Etiology and epidemiology of plague
Disease focus: Plague
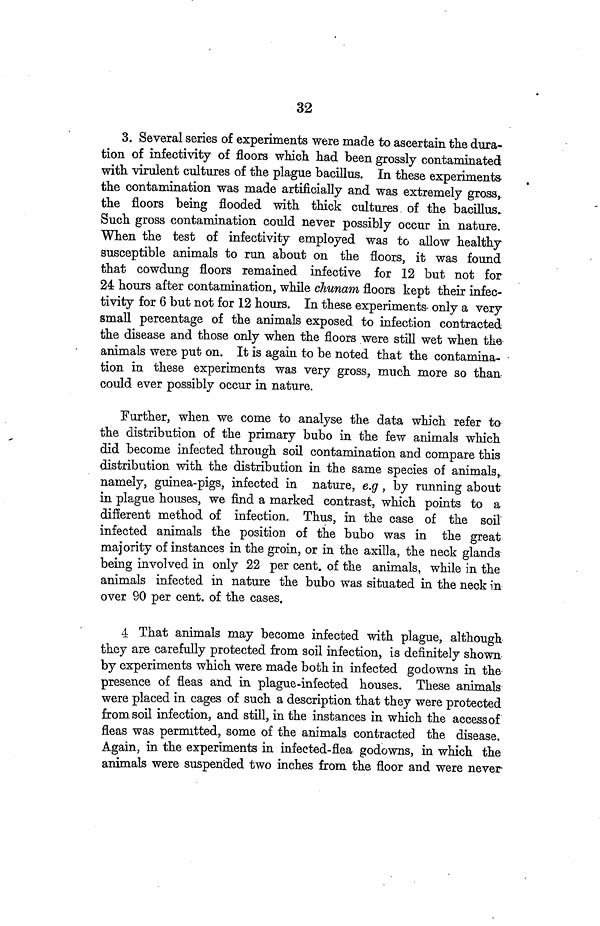
32
3. Several series of experiments were made to ascertain the dura-
tion of infectivity of floors which had been grossly contaminated
with virulent cultures of the plague bacillus. In these experiments-
the contamination was made artificially and was extremely gross,
the floors being flooded with thick cultures, of the bacillus.
Such gross contamination could never possibly occur in nature.
When the test of infectivity employed was to allow healthy
susceptible animals to run about on the floors, it was found
that cowdung floors remained infective for 12 but not for
24 hours after contamination, while chunam floors kept their infec-
tivity for 6 but not for 12 hours. In these experiments only a very
small percentage of the animals exposed to infection contracted
the disease and those only when the floors were still wet when the
animals were put on. It is again to be noted that the contamina-
tion in these experiments was very gross, much more so than
could ever possibly occur in nature.
Further, when we come to analyse the data which refer to
the distribution of the primary bubo in the few animals which
did become infected through soil contamination and compare this
distribution with the distribution in the same species of animals,
namely, guinea-pigs, infected in nature, e.g, by running about
in plague houses, we find a marked contrast, which points to a
different method of infection. Thus, in the case of the soil
infected animals the position of the bubo was in the great
majority of instances in the groin, or in the axilla, the neck glands
being involved in only 22 per cent. of the animals, while in the
animals infected in nature the bubo was situated in the neck in
over 90 per cent. of the cases.
4 That animals may become infected with plague, although
they are carefully protected from soil infection, is definitely shown
by experiments which were made both in infected godowns in the
presence of fleas and in plague-infected houses. These animals
were placed in cages of such a description that they were protected
from soil infection, and still, in the instances in which the access of
fleas was permitted, some of the animals contracted the disease.
Again, in the experiments in infected-flea godowns, in which the
animals were suspended two inches from the floor and were never